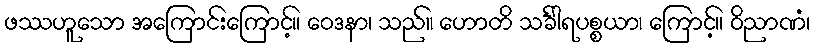
ဖဿဟူသော အကြောင်းကြောင့်။ ဝေဒနာ၊ သည်။ ဟောတိ သင်္ခါရပစ္စယာ၊ ကြောင့်။ ဝိညာဏံ၊